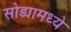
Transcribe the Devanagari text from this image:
सोड्यामध्ये